Document type: Act of concord
Year: 1255
Scribe: Pere de Terme
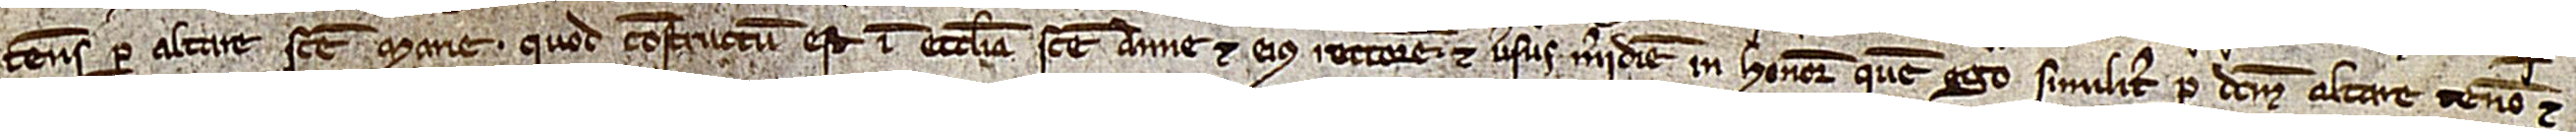
tenes per altare Sancte Marie quod constructum est in ecclesia Sancte Anne et eius rectorem; et versus meridiem in honore quem ego similiter per dictum altare teneo et